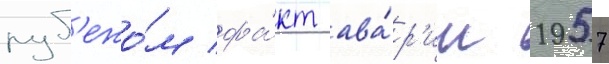
руб'ежо́м фа́кт ава́р'ии 1957